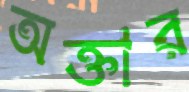
অক্তার